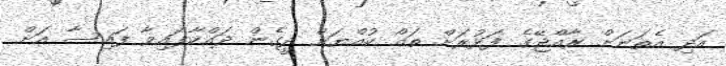
އަދި އެތަނަށް ރާއްޖޭގެ ފަޅުރަށް ތައް ކުއްޔަށް ދީގެން ދައްކާފައިވާ ފައިސާ އަށް